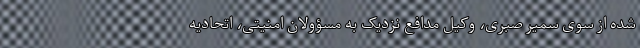
شده از سوی سمیر صبری، وکیل مدافع نزدیک به مسؤولان امنیتی، اتحادیه